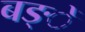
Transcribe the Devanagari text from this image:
बङ्ें